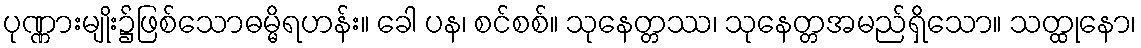
ပုဏ္ဏားမျိုး၌ဖြစ်သောဓမ္မိရဟန်း။ ခေါ ပန၊ စင်စစ်။ သုနေတ္တဿ၊ သုနေတ္တအမည်ရှိသော။ သတ္ထုနော၊